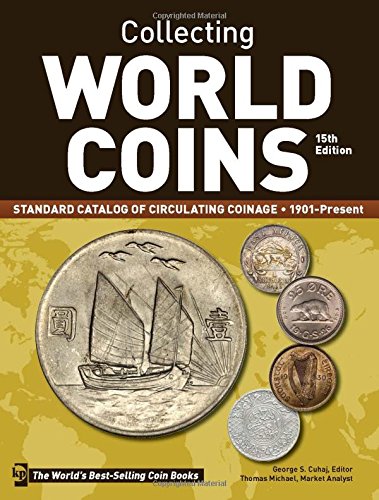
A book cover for Collecting World Coins, 1901-Present: Standard Catalog of Circulating Coinage; Crafts, Hobbies & Home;